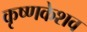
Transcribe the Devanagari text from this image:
कृष्णकेशव